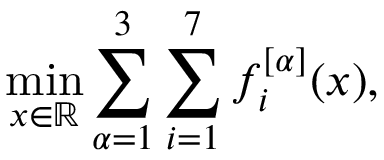
\operatorname* { m i n } _ { x \in \mathbb { R } } \sum _ { \alpha = 1 } ^ { 3 } \sum _ { i = 1 } ^ { 7 } f _ { i } ^ { [ \alpha ] } ( x ) ,